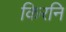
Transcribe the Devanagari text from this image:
किरनि